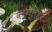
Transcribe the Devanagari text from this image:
कागलहर